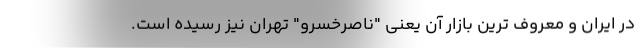
در ایران و معروف ترین بازار آن یعنی "ناصرخسرو" تهران نیز رسیده است.